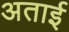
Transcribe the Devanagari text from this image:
अताई